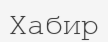
Хабир